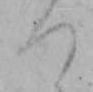
つ